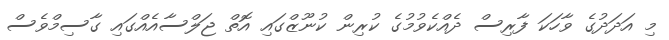
މި އަދަދުގެ ވާހަކަ ފާރިސް ދެއްކެވުމުގެ ކުރިން ކުނޫޒްގައި އޮތް ޖަލްސާއެއްގައި ގާސިމްވެސް